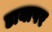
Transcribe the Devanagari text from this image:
डायापर